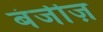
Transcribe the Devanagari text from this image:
बंजीज़